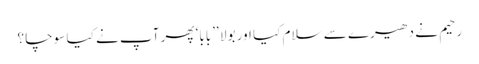
رحیم نے دھیرے سے سلام کیا اور بولا ’’بابا‘ پھر آپ نے کیا سوچا ؟